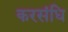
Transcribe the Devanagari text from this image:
करसंधि